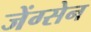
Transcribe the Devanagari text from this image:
जेंग्सेन